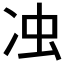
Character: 𭂌